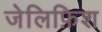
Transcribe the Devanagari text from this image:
जेलिफ़िश